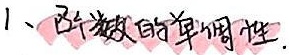
1、函数的单调性.